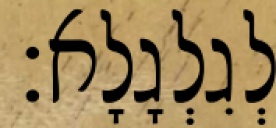
לְגִלְגָלָא׃